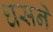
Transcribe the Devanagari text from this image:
धसने